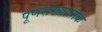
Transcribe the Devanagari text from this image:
पूर्णसंख्यात्मक